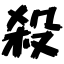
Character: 殺